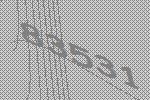
83531